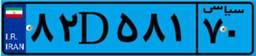
۴۷D۲۷۹۰۳